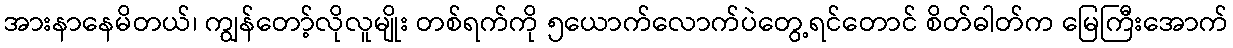
အားနာနေမိတယ်၊ ကျွန်တော့်လိုလူမျိုး တစ်ရက်ကို ၅ယောက်လောက်ပဲတွေ့ရင်တောင် စိတ်ဓါတ်က မြေကြီးအောက်